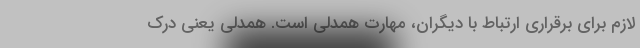
لازم برای برقراری ارتباط با دیگران، مهارت همدلی است. همدلی یعنی درک